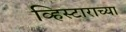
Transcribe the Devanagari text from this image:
व्हिस्टाराच्या